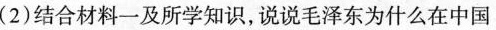
(2)结合材料一及所学知识，说说毛泽东为什么在中国